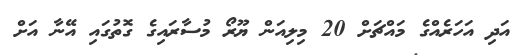
އަދި އަހަރެއްގެ މައްޗަށް 20 މިލިއަން ޔޫރޯ މުސާރައިގެ ގޮތުގައި އޭނާ އަށް